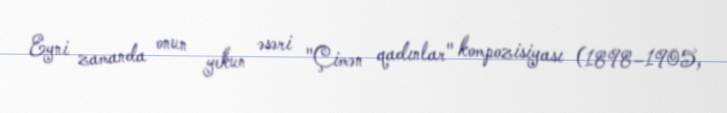
Eyni zamanda onun yekun əsəri "Çimən qadınlar" kompozisiyası (1898–1905,